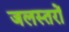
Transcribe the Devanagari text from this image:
जलस्तरों